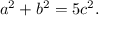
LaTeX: a ^ { 2 } + b ^ { 2 } = 5 c ^ { 2 } .